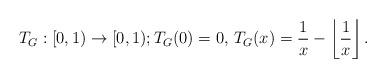
LaTeX: \begin{align*} T_G: [0, 1) \rightarrow [0, 1); T_G(0)=0, \, T_G(x) = \frac{1}{x} - \left\lfloor \frac{1}{x} \right\rfloor.\end{align*}